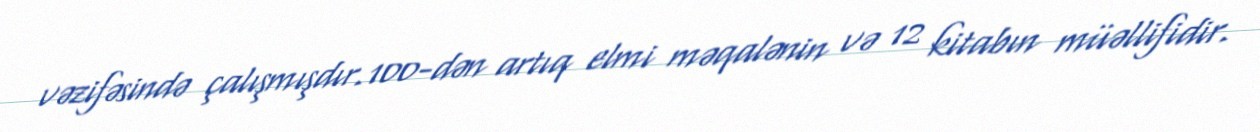
vəzifəsində çalışmışdır.100-dən artıq elmi məqalənin və 12 kitabın müəllifidir.